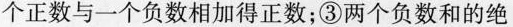
个正数与一个负数相加得正数；③两个负数和的绝